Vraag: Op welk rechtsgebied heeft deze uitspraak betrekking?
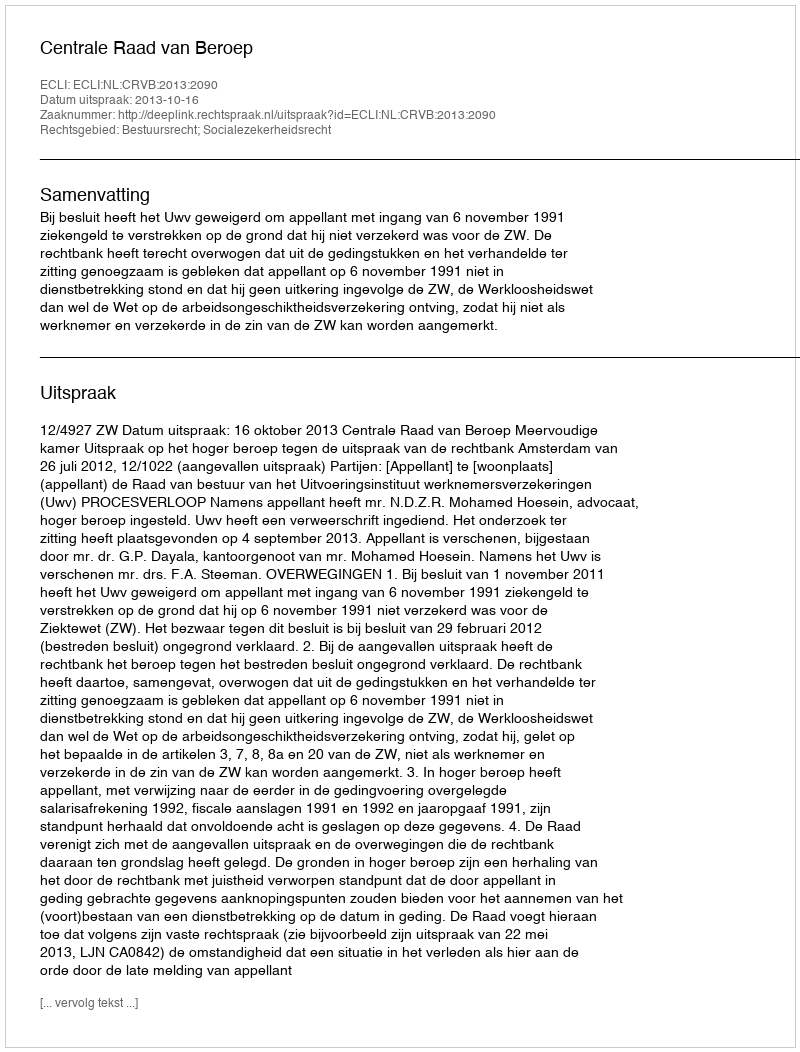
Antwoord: Bestuursrecht; Socialezekerheidsrecht